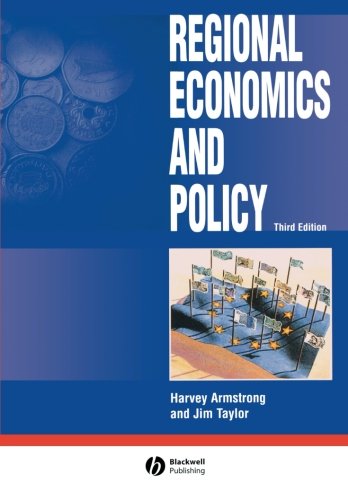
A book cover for Regional Economics and Policy; Martin Armstrong; Business & Money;